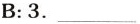
B:3.___